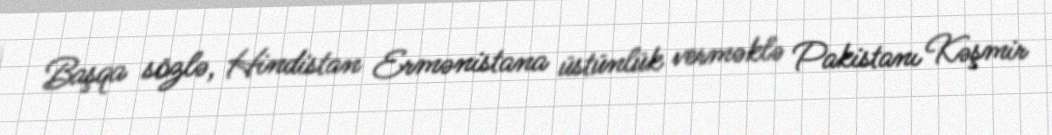
Başqa sözlə, Hindistan Ermənistana üstünlük verməklə Pakistanı Kəşmir